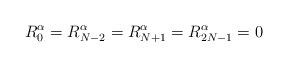
LaTeX: \begin{align*}R_0^\alpha = R_{N-2}^\alpha = R_{N+1}^\alpha = R_{2N-1}^\alpha = 0\end{align*}